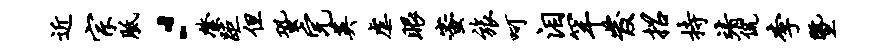
近宗胝，綮距但蛩完英虐眼蜜旅呵泪罕发招持靖侃李暨